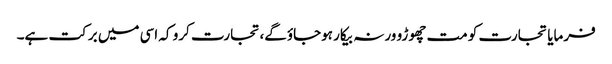
فرمایا تجارت کو مت چھوڑو ورنہ بیکار ہوجاؤگے،تجارت کرو کہ اسی میں برکت ہے۔